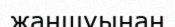
жаншуынан